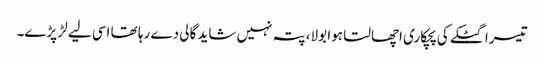
تیسرا گٹکے کی پچکاری اچھالتا ہوا بولا، پتہ نہیں شاید گالی دے رہا تھا اسی لیے لڑ پڑے۔